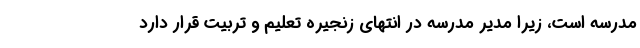
مدرسه است، زیرا مدیر مدرسه در انتهای زنجیره تعلیم و تربیت قرار دارد